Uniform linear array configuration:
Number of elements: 32
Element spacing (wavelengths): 1
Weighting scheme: hann
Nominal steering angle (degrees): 60
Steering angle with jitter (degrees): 61.749
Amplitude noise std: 0.05
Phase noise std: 0.05

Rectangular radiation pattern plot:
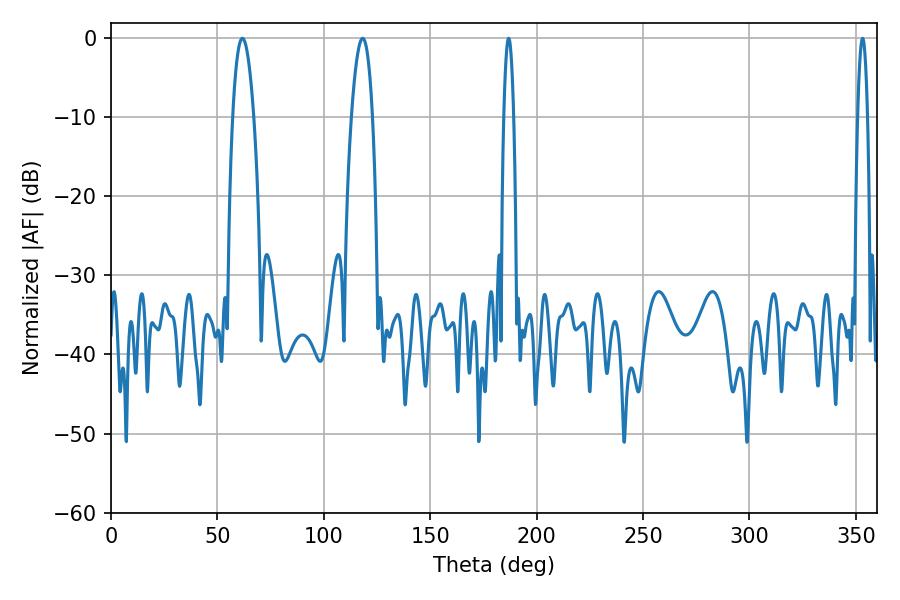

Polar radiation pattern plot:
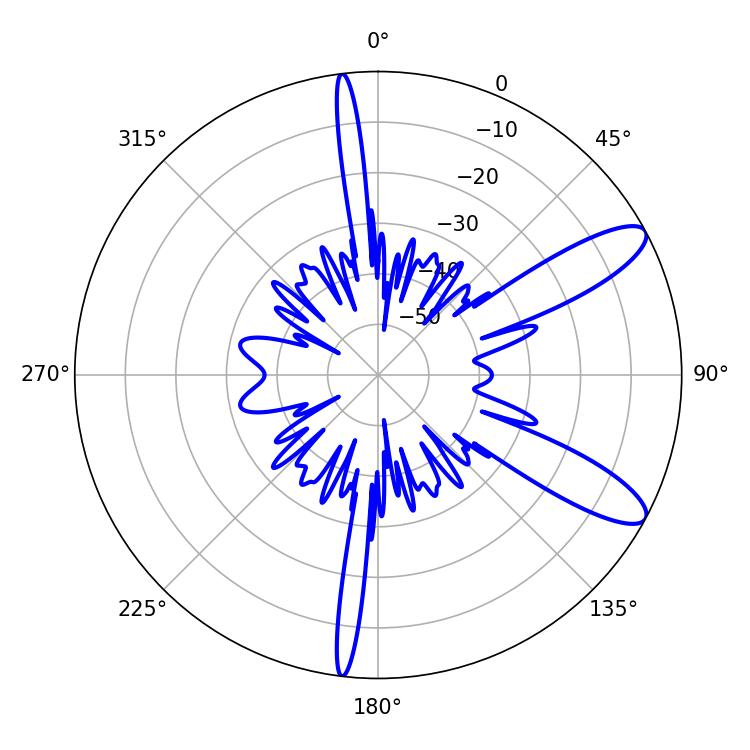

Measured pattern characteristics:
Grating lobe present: TRUE
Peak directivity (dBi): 10.703
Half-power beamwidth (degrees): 5.58
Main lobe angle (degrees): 61.74